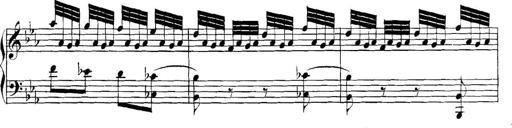
Title: Collected Piano Sonatas
Composer: Muzio Clementi